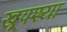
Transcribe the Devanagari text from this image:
खूपश्या